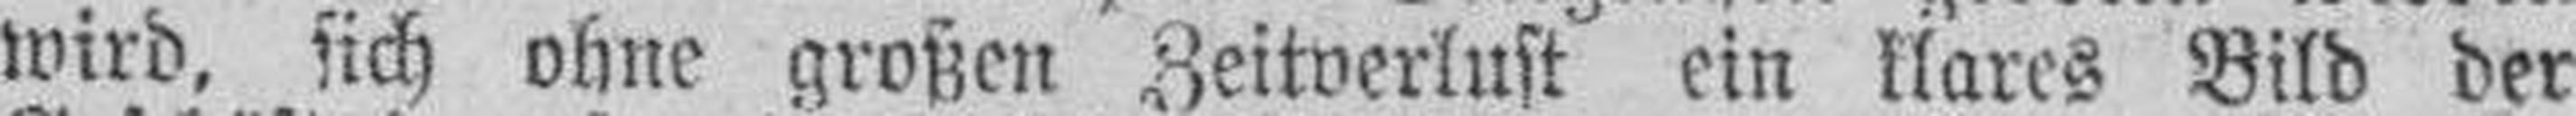
wird, sich ohne großen Zeitverlust ein klares Bild der